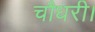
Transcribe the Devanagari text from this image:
चौधरी।